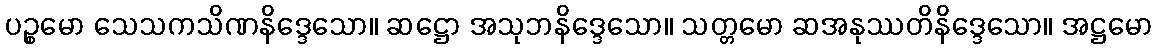
ပဉ္စမော သေသကသိဏနိဒ္ဒေသော။ ဆဋ္ဌော အသုဘနိဒ္ဒေသော။ သတ္တမော ဆအနုဿတိနိဒ္ဒေသော။ အဋ္ဌမော